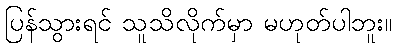
ပြန်သွားရင် သူသိလိုက်မှာ မဟုတ်ပါဘူး။